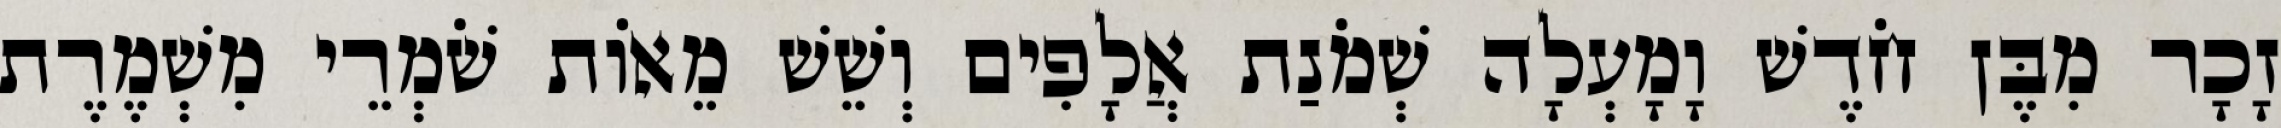
זָכָר מִבֶּן חֹדֶשׁ וָמָעְלָה שְׁמֹנַת אֲלָפִים וְשֵׁשׁ מֵאוֹת שֹׁמְרֵי מִשְׁמֶרֶת